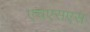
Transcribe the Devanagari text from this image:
एचएसएस